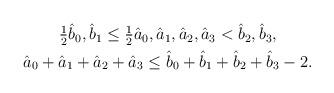
LaTeX: \begin{align*}\begin{gathered}\tfrac12\hat b_0,\hat b_1\le\tfrac12\hat a_0,\hat a_1,\hat a_2,\hat a_3<\hat b_2,\hat b_3,\\\hat a_0+\hat a_1+\hat a_2+\hat a_3\le\hat b_0+\hat b_1+\hat b_2+\hat b_3-2.\end{gathered}\end{align*}